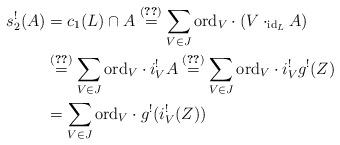
LaTeX: \begin{align*}s_2^{!}(A)&=c_1(L)\cap A\overset{\eqref{lem:eq:c1}}{=}\sum_{V\in J}{\rm ord}_V\cdot (V\cdot_{{\rm id}_L} A)\\&\overset{\eqref{eq:refinedGysing01}}{=}\sum_{V\in J}{\rm ord}_V\cdot i_V^!A\overset{\eqref{eq:fibration100:101}}{=}\sum_{V\in J}{\rm ord}_V\cdot i_V^! g^!(Z)\\&=\sum_{V\in J}{\rm ord}_V\cdot g^!(i_V^!(Z))\end{align*}